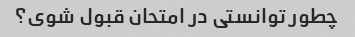
چطور توانستی در امتحان قبول شوی؟